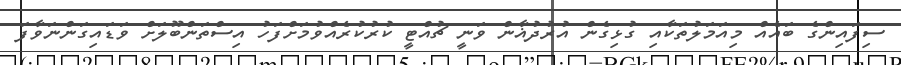
ސިފައިންގެ ބައެއް މިއަމަލުތަކާއި ގުޅިގެން އުރުދުޣާން ވަނީ ޗުއްޓީ ކުރުކުރެއްވުމަށްފަހު އިސްތަންބޫލަށް ވަޑައިގަންނަވާފަ